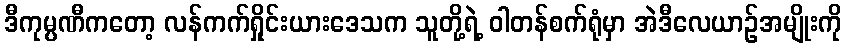
ဒီကုမ္ပဏီကတော့ လန်ကက်ရှိုင်းယားဒေသက သူတို့ရဲ့ ဝါတန်စက်ရုံမှာ အဲဒီလေယာဉ်အမျိုးကို